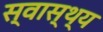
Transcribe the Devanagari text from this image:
स्‍वास्थ्य